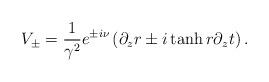
LaTeX: \begin{align*}V_\pm =\frac{1}{\gamma^2}e^{\pm i\nu}\left(\partial_z r\pm i\tanh r \partial_z t\right).\end{align*}